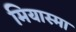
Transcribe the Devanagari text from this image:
मियास्मा